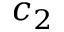
c _ { 2 }